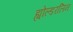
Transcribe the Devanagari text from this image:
ह्योल्डरलिन